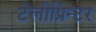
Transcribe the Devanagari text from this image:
टेलीप्रिन्टर